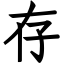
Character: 存